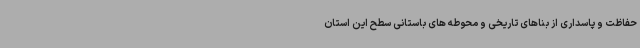
حفاظت و پاسداری از بناهای تاریخی و محوطه های باستانی سطح این استان